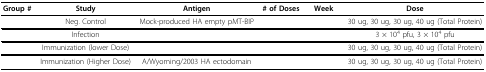
<table><thead><tr><td><b>Group #</b></td><td><b>Study</b></td><td><b>Antigen</b></td><td><b># of Doses</b></td><td><b>Week</b></td><td><b>Dose</b></td></tr></thead><tbody><tr><td>[EMPTY_CELL]</td><td>Neg. Control</td><td>Mock-produced HA empty pMT-BIP</td><td>[EMPTY_CELL]</td><td>[EMPTY_CELL]</td><td>30 ug, 30 ug, 30 ug, 40 ug (Total Protein)</td></tr><tr><td>[EMPTY_CELL]</td><td>Infection</td><td>[EMPTY_CELL]</td><td>[EMPTY_CELL]</td><td>[EMPTY_CELL]</td><td>3 × 10<sup>4 </sup>pfu, 3 × 10<sup>4 </sup>pfu</td></tr><tr><td>[EMPTY_CELL]</td><td>Immunization (lower Dose)</td><td>[EMPTY_CELL]</td><td>[EMPTY_CELL]</td><td>[EMPTY_CELL]</td><td>30 ug, 30 ug, 30 ug, 40 ug (Total Protein)</td></tr><tr><td>[EMPTY_CELL]</td><td>Immunization (Higher Dose)</td><td>A/Wyoming/2003 HA ectodomain</td><td>[EMPTY_CELL]</td><td>[EMPTY_CELL]</td><td>30 ug, 30 ug, 30 ug, 40 ug (Total Protein)</td></tr></tbody></table>